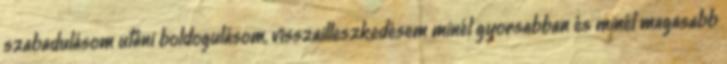
szabadulásom utáni boldogulásom, visszailleszkedésem minél gyorsabban és minél magasabb